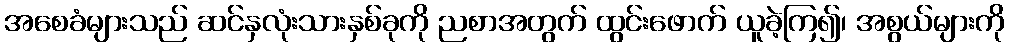
အစေခံများသည် ဆင်နှလုံးသားနှစ်ခုကို ညစာအတွက် ထွင်းဖောက် ယူခဲ့ကြ၍၊ အစွယ်များကို